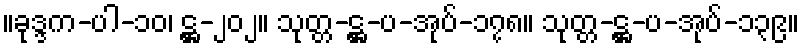
။ခုဒ္ဒက-ပါ-၁၀၊ ဋ္ဌ-၂၀၂။ သုတ္တ-ဋ္ဌ-ပ-အုပ်-၁၇၈။ သုတ္တ-ဋ္ဌ-ပ-အုပ်-၁၃၉။